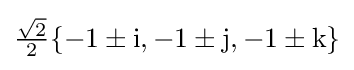
{\tfrac {\sqrt {2}}{2}}\{-1\pm \mathrm {i} ,-1\pm \mathrm {j} ,-1\pm \mathrm {k} \}